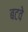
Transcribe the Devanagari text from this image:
बटवे